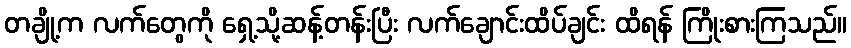
တချို့က လက်တွေကို ရှေ့သို့ဆန့်တန်းပြီး လက်ချောင်းထိပ်ချင်း ထိရန် ကြိုးစားကြသည်။